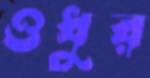
ওধুর